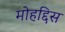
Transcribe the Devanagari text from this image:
मोहद्दिस